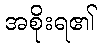
အစိုးရ၏